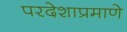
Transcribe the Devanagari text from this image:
परदेशाप्रमाणे